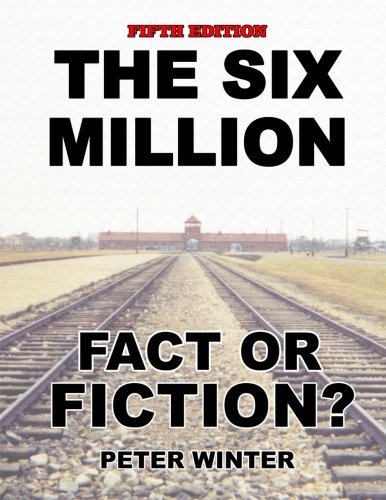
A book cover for The Six Million: Fact or Fiction?; Peter Winter; History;